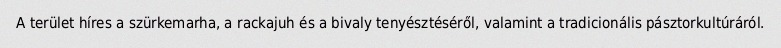
A terület híres a szürkemarha, a rackajuh és a bivaly tenyésztéséről, valamint a tradicionális pásztorkultúráról.